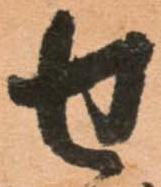
せ